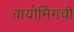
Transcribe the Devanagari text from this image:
वायोमिंगची